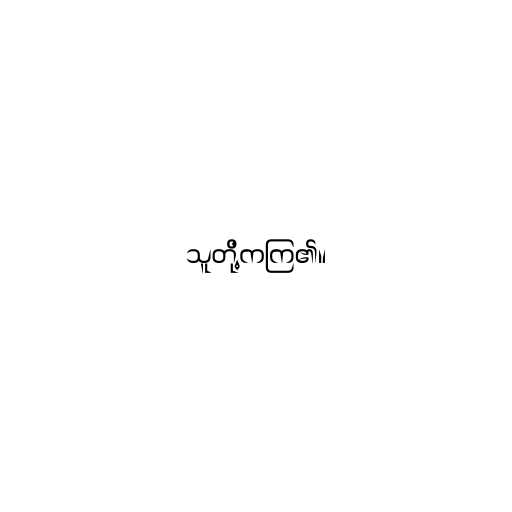
သူတို့ကကြ၏။